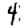
Digit: 4